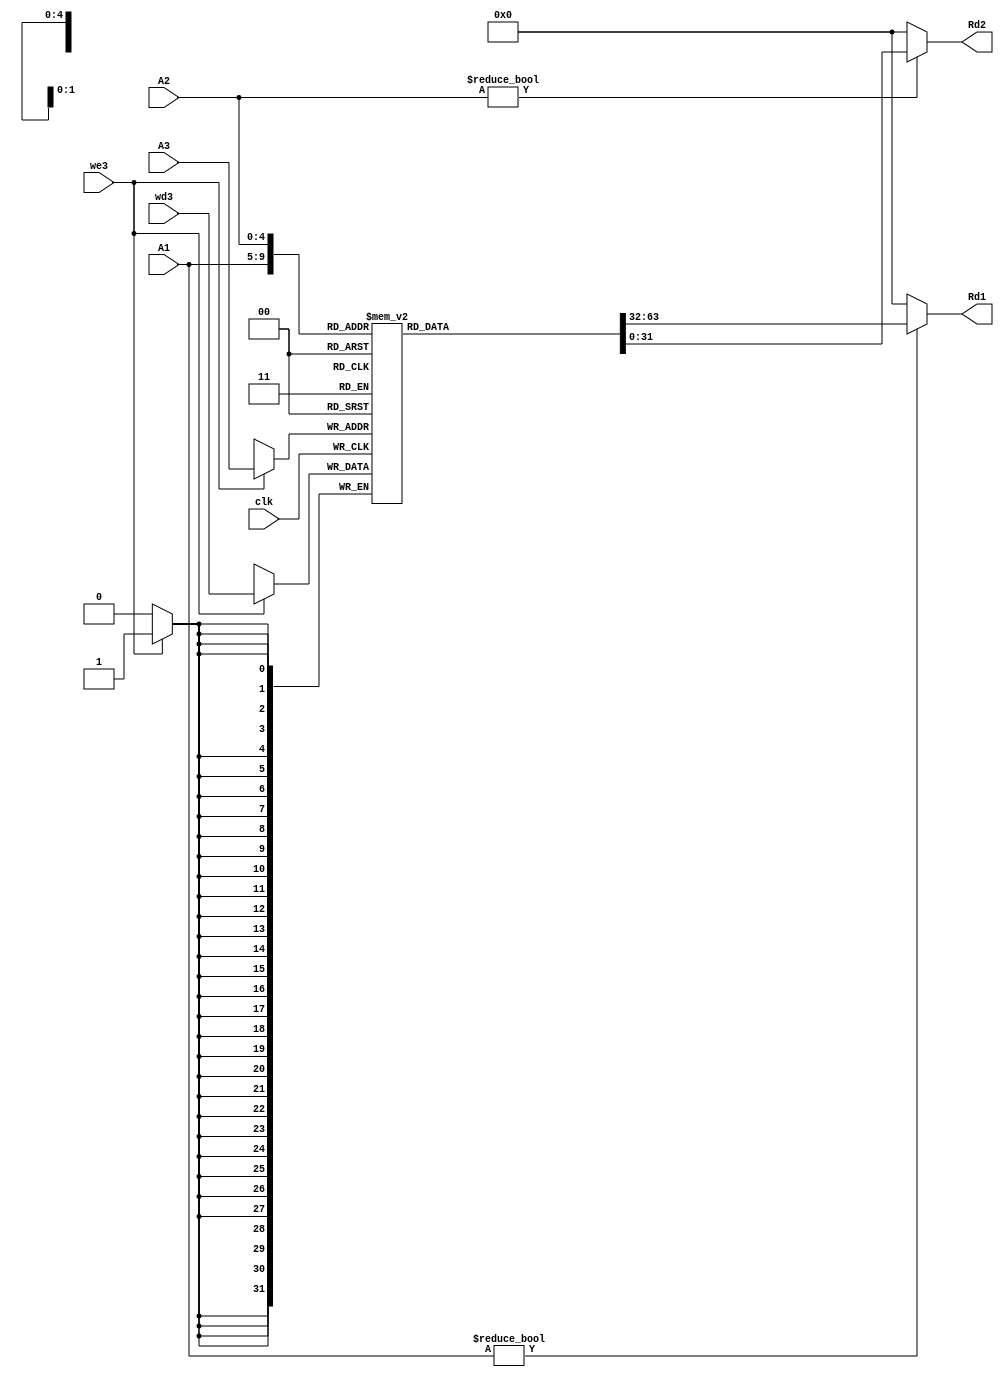
module reg_file(
 input clk, we3,
 input [4:0]A1,
 input [4:0]A2,
 input [4:0]A3,
 input [31:0]wd3,
 output [31:0]Rd1, Rd2
 );
 
 reg [31:0] memory[31:0];
 
 always @(posedge clk)
   if(we3)
    memory[A3] <= wd3;
 
 assign Rd1 = (A1 != 0)? memory[A1] : 32'd0;
 assign Rd2 = (A2 != 0)? memory[A2] : 32'd0;


endmodule